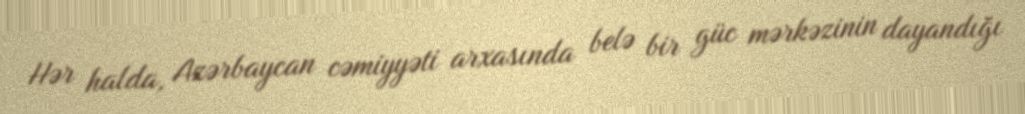
Hər halda, Azərbaycan cəmiyyəti arxasında belə bir güc mərkəzinin dayandığı